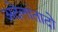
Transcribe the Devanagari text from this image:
अदेलांतादो